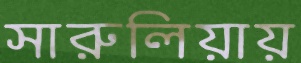
সারুলিয়ায়